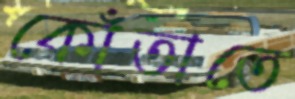
কোঁতাতে